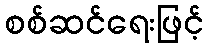
စစ်ဆင်ရေးဖြင့်